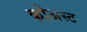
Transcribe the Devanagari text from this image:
कोअस्ट